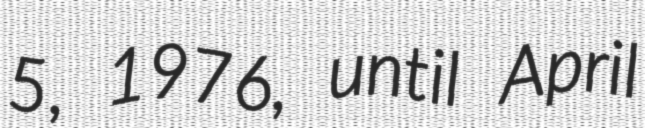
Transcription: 5, 1976, until April